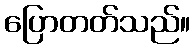
ပြောတတ်သည်။